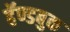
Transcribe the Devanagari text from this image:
हॅण्डबुक